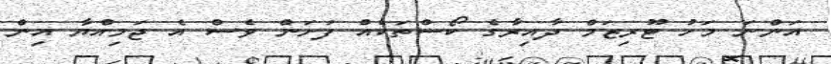
އަންނަ މަހު ޓޫރިޒަމް ދާއިރާގެ ކޯސްތަކެއް ފަށަން ވެސް އެ ޖަމިއްޔާ އިން